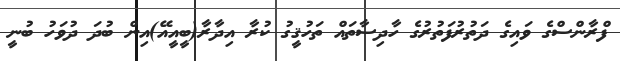
ފްރާންސްގެ ވައިގެ ދަތުރުފަތުރުގެ ހާދިސާތައް ތަހުޤީގު ކުރާ އިދާރާ(ބީއީއޭ)އިން ބުދަ ދުވަހު ބުނީ